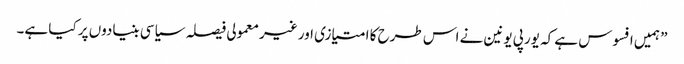
” ہمیں افسوس ہے کہ یورپی یونین نے اس طرح کا امتیازی اور غیر معمولی فیصلہ سیاسی بنیادوں پر کیا ہے۔